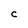
Character: C